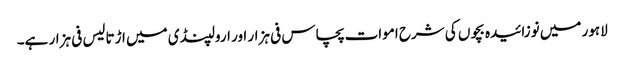
لاہور میں نوزائیدہ بچوں کی شرح اموات پچاس فی ہزار اور ارولپنڈی میں اڑتالیس فی ہزار ہے۔